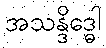
အသန္ဒိဒ္ဓေါ